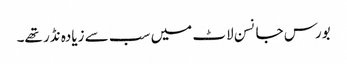
بورس جانسن لاٹ میں سب سے زیادہ نڈر تھے۔